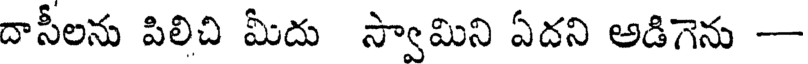
దాసీలను పిలిచి మీదు స్వామిని ఏదని అడిగెను -